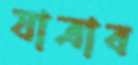
যাত্রাব